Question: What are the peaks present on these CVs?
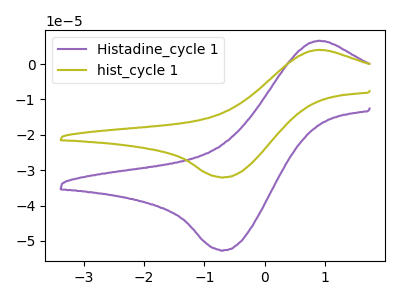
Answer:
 <answer>The purple curve "Histadine_cycle 1" has an anodic peak at (0.90V, 6.60uA) and a cathodic peak at (-0.70V, -52.65uA). The olive curve "hist_cycle 1" has an anodic peak at (0.90V, 4.00uA) and a cathodic peak at (-0.70V, -32.00uA).</answer>
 <eval></eval>